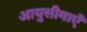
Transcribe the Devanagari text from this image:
आयुसीमाएँ